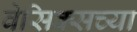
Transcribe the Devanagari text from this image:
वेसिक्सच्या